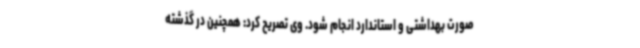
صورت بهداشتی و استاندارد انجام شود. وی تصریح کرد: همچنین در گذشته